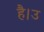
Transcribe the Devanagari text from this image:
है।उ